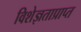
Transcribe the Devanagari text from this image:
विशेज्ञताप्राप्त